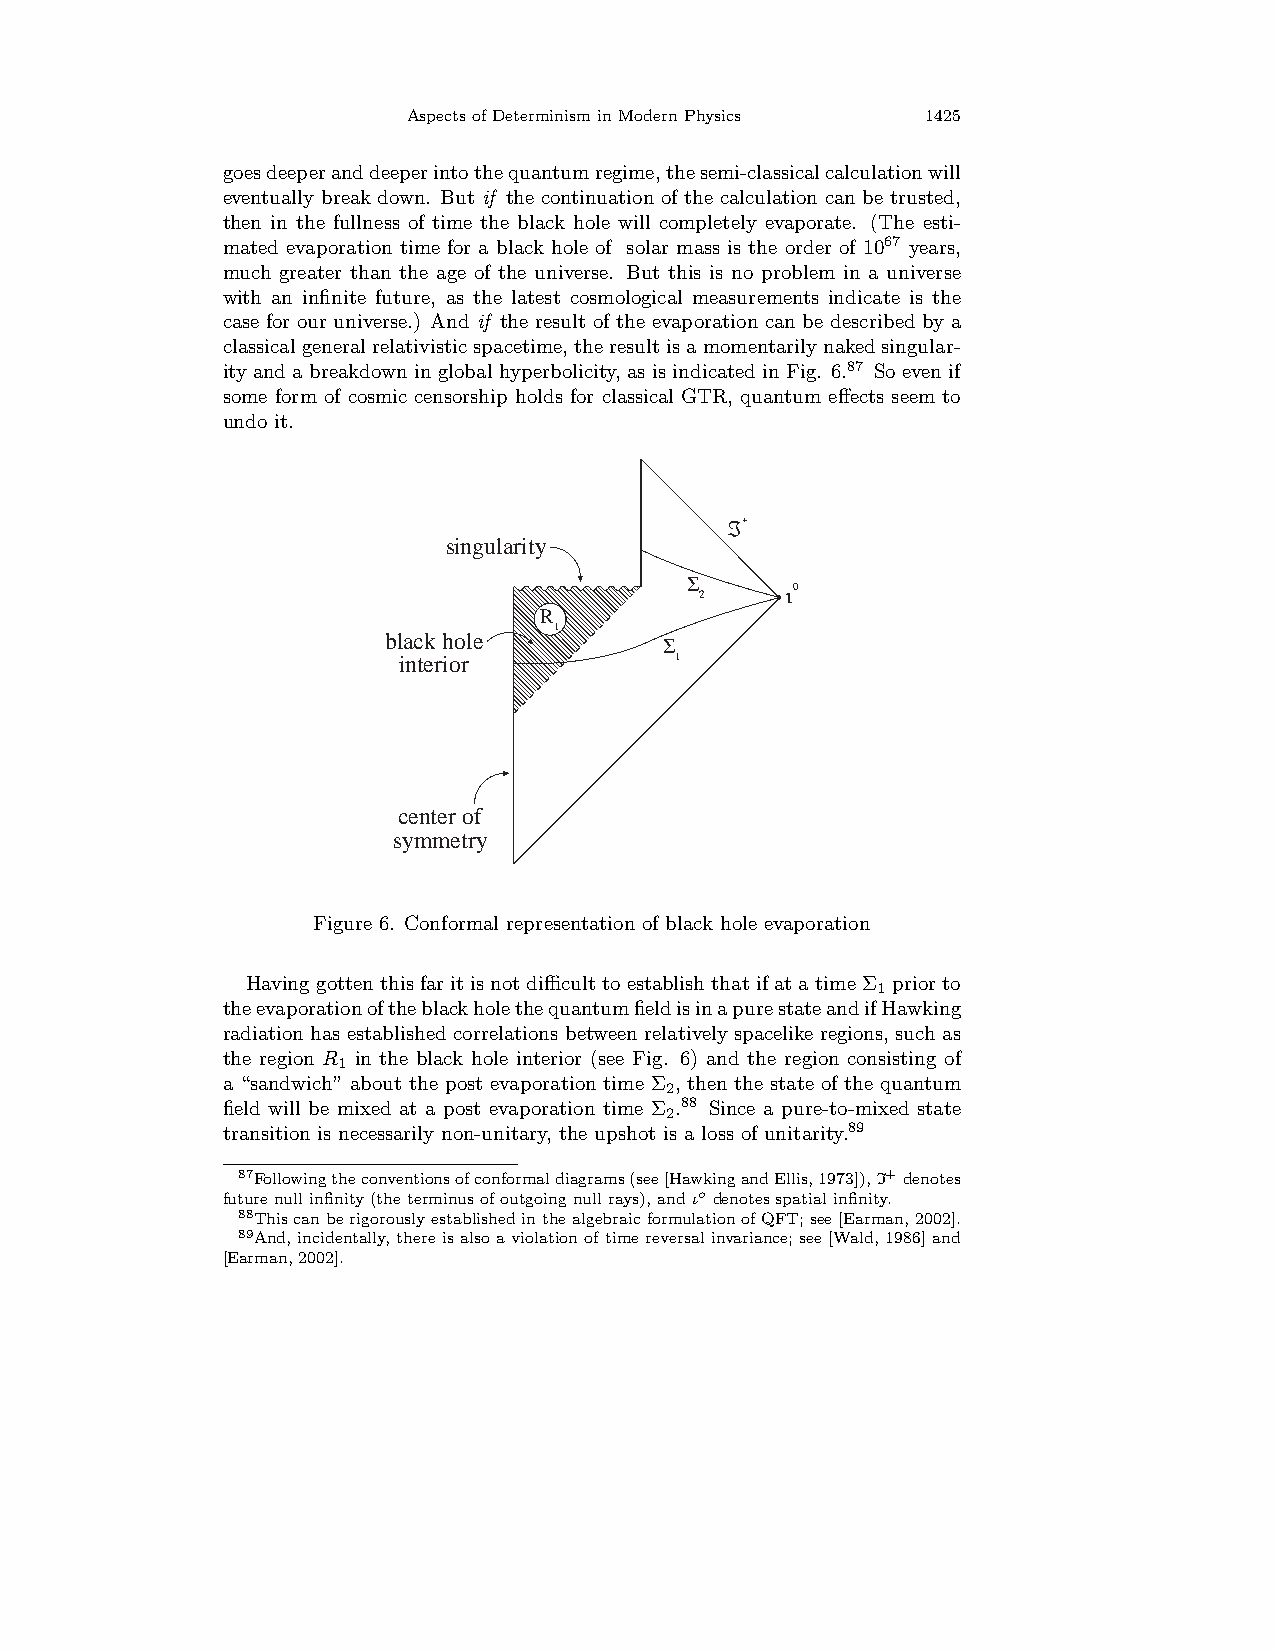
AspectsofDeterminisminModernPhysics 1425
 goesdeeperanddeeperintothequantumregime,thesemi-classicalcalculationwill
 eventually break down. But if the continuation of the calculation can be trusted,
 then in the fullness of time the black hole will completely evaporate. (The esti-
 mated evaporation time for a black hole of solar mass is the order of 1067 years,
 much greater than the age of the universe. But this is no problem in a universe
 with an infinite future, as the latest cosmological measurements indicate is the
 case for our universe.) And if the result of the evaporation can be described by a
 classicalgeneralrelativisticspacetime, theresultisamomentarilynakedsingular-
 ity and a breakdown in global hyperbolicity, as is indicated in Fig. 6.87 So even if
 some form of cosmic censorship holds for classical GTR, quantum effects seem to
 undo it.
 ℑ+
 singularity
 Σ
 2     ι0
 R
 1
 black hole         Σ
 interior           1
 center of
 symmetry
 Figure 6. Conformal representation of black hole evaporation
 HavinggottenthisfaritisnotdifficulttoestablishthatifatatimeΣ1 priorto
 theevaporationoftheblackholethequantumfieldisinapurestateandifHawking
 radiation has established correlations between relatively spacelike regions, such as
 the region R1 in the black hole interior (see Fig. 6) and the region consisting of
 a “sandwich” about the post evaporation time Σ2, then the state of the quantum
 field will be mixed at a post evaporation time Σ2.88 Since a pure-to-mixed state
 transition is necessarily non-unitary, the upshot is a loss of unitarity.89
 87Followingtheconventionsofconformaldiagrams(see[HawkingandEllis,1973]),I+denotes
 futurenullinfinity(theterminusofoutgoingnullrays),andιo denotesspatialinfinity.
 88ThiscanberigorouslyestablishedinthealgebraicformulationofQFT;see[Earman,2002].
 89And, incidentally, there is also a violation of time reversal invariance; see [Wald, 1986] and
 [Earman,2002].